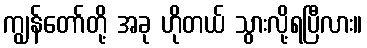
ကျွန်တော်တို့ အခု ဟိုတယ် သွားလို့ရပြီလား။